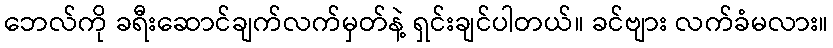
ဘေလ်ကို ခရီးဆောင်ချက်လက်မှတ်နဲ့ ရှင်းချင်ပါတယ်။ ခင်ဗျား လက်ခံမလား။